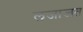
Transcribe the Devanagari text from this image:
लजाजत